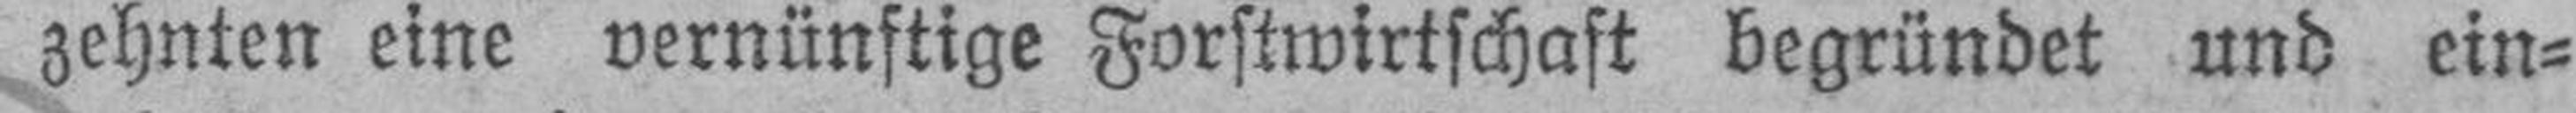
zehnten eine vernünftige Forstwirtschaft begründet und ein¬